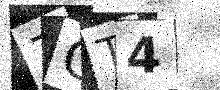
Text: 7GT4